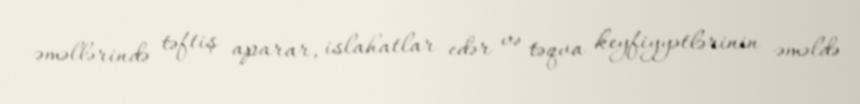
əməllərində təftiş aparar, islahatlar edər və təqva keyfiyyətlərinin əməldə